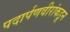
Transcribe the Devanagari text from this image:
पदार्पणवीरांकडून